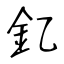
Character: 釔